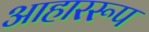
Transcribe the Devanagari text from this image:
आहाररूप